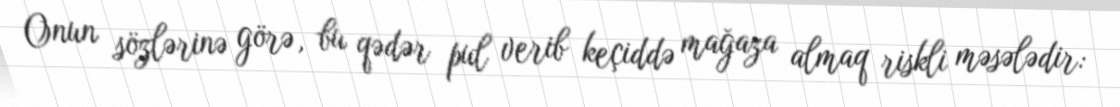
Onun sözlərinə görə, bu qədər pul verib keçiddə mağaza almaq riskli məsələdir: